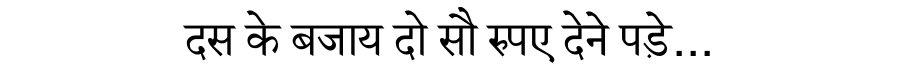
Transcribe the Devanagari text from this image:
दस के बजाय दो सौ रुपए देने पड़े...